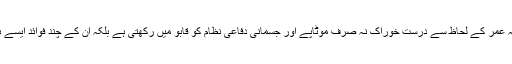
مگر کچھ غذائیں ایسی ہوتی ہیں جو ان فکروں سے نجات دلانے میں مددگار ثابت ہوسکتی ہیں کیونکہ عمر کے لحاظ سے درست خوراک نہ صرف موٹاپے اور جسمانی دفاعی نظام کو قابو میں رکھتی ہے بلکہ ان کے چند فوائد ایسے ہوتے ہیں جو جھریوں سے تحفظ، بالوں کو چمک اور دیگر بڑھاپے کی علامات کو دور رکھتے ہیں۔